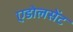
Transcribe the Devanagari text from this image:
एडोलसेंट